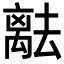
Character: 𬓞